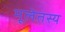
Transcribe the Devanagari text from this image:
मूलेतस्य